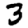
Digit: 3